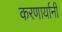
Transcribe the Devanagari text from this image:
करणार्यानी